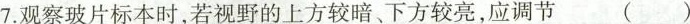
7.观察玻片标本时，若视野的上方较暗、下方较亮，应调节 ( )